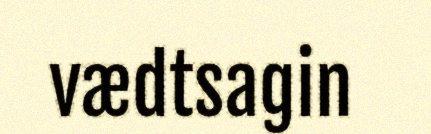
vædtsagin